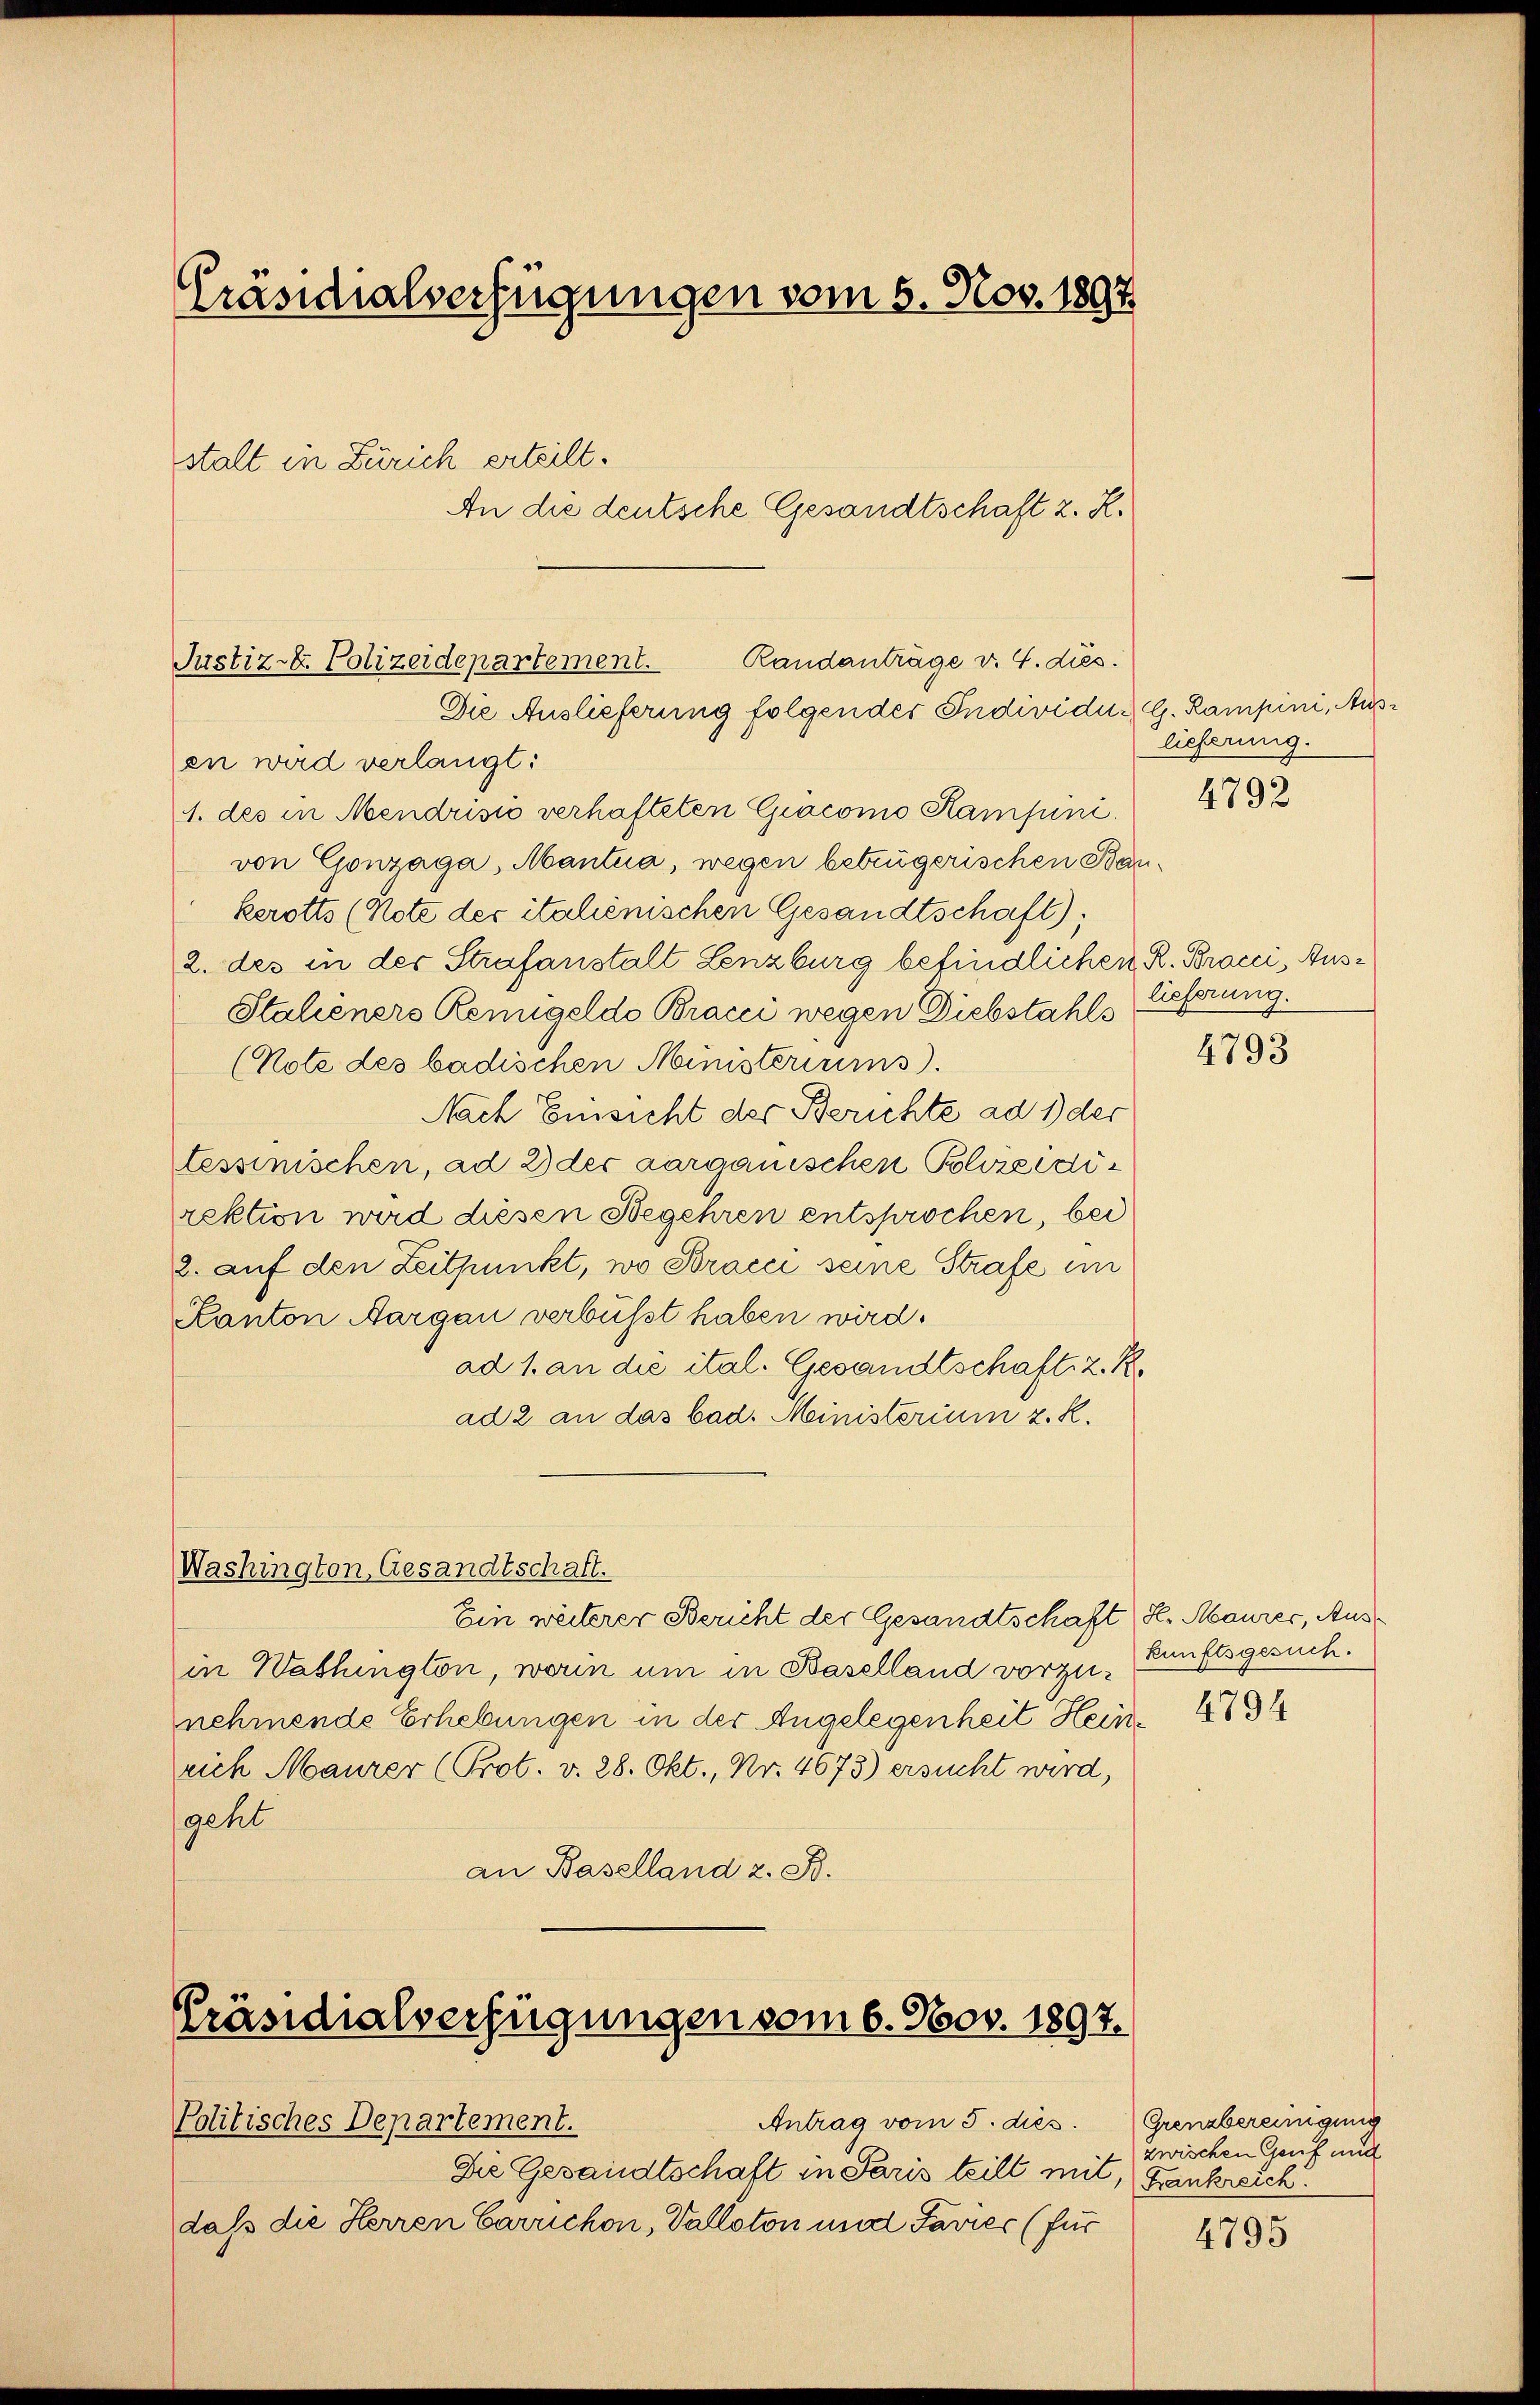
Präsidialverfügungen vom 5. Nov. 1897
stalt in Zürich erteilt.
An die deutsche Gesandtschaft z. K.

Randanträge v. 4. dies
Justiz-E. Polizeidepartement.

Die Auslieferung folgendes Individus G. Kampini, Ausen wird verlangt:
1. des in Mendrisić verhafteten Giacomo Kampini.
von Gonzaga, Mantua, wegen betrügerischen Baukerotts (Note der italienischen Gesandtschaft);
2. des in der Strafanstalt Lenzburg befindlichen R. Brocci, Aus¬
Stalieners Remigelde Bracci wegen Diebstahls lieferung.
(Note des badischen Ministeriums.
Nach Einsicht der Berichte ad 1 der
tessinischen, ad 2 der aarganischen Polizeidirektion wird diesen Begehren entsprochen, bei
2. auf den Zeitpunkt, wo Bracci seine Strafe im
Kanton Aargau verbüsst haben wird.
ad 1. an die ital. Gesandtschaft z. R.
ad 2 an das bad. Ministerium z. R.
Washington, Gesandtschaft.
Ein weiterer Bericht der Gesandtschaft Se. Maurer, Ausin Washington, worin um in Baselland vorzukunftsgesuch.
nehmende Erhebungen in der Angelegenheit Heinrich Maurer (Prot. v. 28. Okt., Nr. 4673) ersucht wird,
geht
an Baselland z. B.

Präsidialverfügungen vom 6. Nov. 1897.

Politisches Departement.
Die Gesandtschaft in Paris teilt mit, Fankreich.
dass die Herren Carrichon, Valloton und Favier (für

Antrag vom 5. dies

lieferung.

4792

4793

4794

Grenzbereinigung
zwischen Genf und

4795